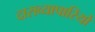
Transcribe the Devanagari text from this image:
दासव्यापारियों